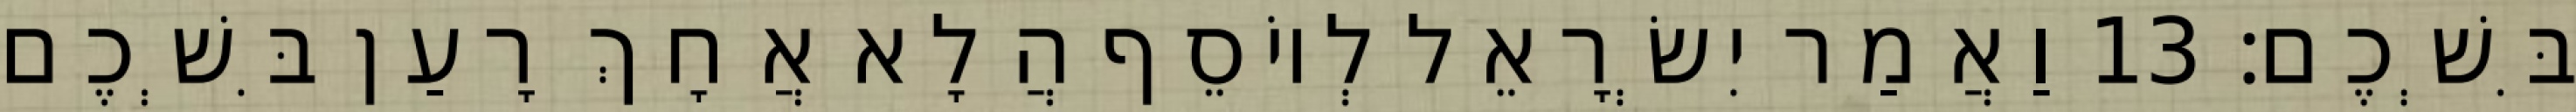
בִּשְׁכֶם׃ 13 וַאֲמַר יִשְׂרָאֵל לְיוֹסֵף הֲלָא אֲחָךְ רָעַן בִּשְׁכֶם